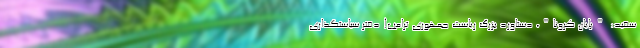
سفید: "پایان کرونا"، دستاورد بزرگ ریاست جمهوری ترامپ! دفتر سیاستگذاری